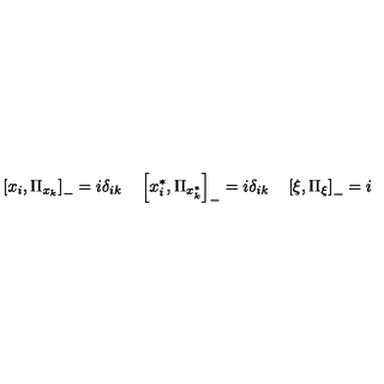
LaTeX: \left[ x _ { i } , \Pi _ { x _ { k } } \right] _ { - } = i \delta _ { i k } \quad \left[ x _ { i } ^ { * } , \Pi _ { x _ { k } ^ { * } } \right] _ { - } = i \delta _ { i k } \quad \left[ \xi , \Pi _ { \xi } \right] _ { - } = i